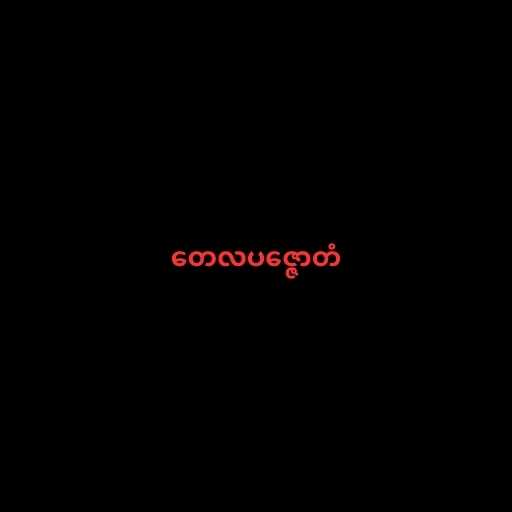
တေလပဇ္ဇောတံ